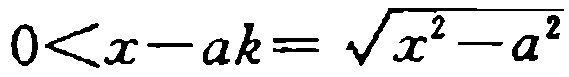
\(0<x - ak=\sqrt{x^{2}-a^{2}}\)